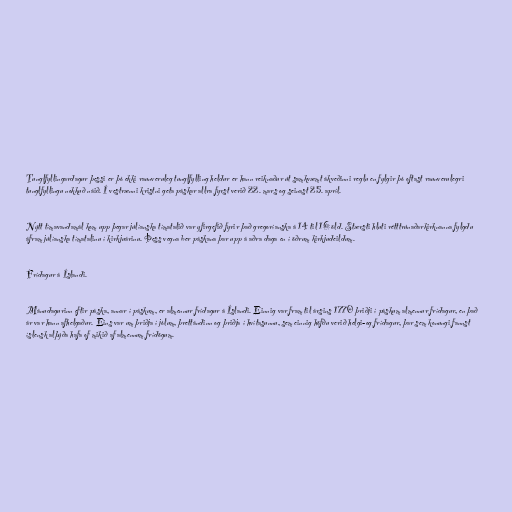
Tunglfyllingardagur þessi er þó ekki raunveruleg tunglfylling heldur er hann reiknaður út samkvæmt ákveðinni reglu en fylgir þó oftast raunverulegri
tunglfyllingu nokkuð náið. Í vestrænni kristni geta páskar allra fyrst verið 22. mars og seinast 25. apríl.

Nýtt tímavandamál kom upp þegar júlíanska tímatalið var yfirgefið fyrir það gregoríanska á 14 til 16 öld. Stærsti hluti rétttrúnaðarkirknanna fylgdu
áfram júlíanska tímatalinu í kirkjuárinu. Þess vegna ber páskana þar upp á aðra daga en í öðrum kirkjudeildum.

Frídagur á Íslandi.

Mánudagurinn eftir páska, annar í páskum, er almennur frídagur á Íslandi. Einnig var fram til ársins 1770 þriðji í páskum almennur frídagur, en það
ár var hann afhelgaður. Eins var um þriðja í jólum, þrettándinn og þriðja í hvítasunnu, sem einnig höfðu verið helgi-og frídagur, þar sem konungi fannst
íslensk alþýða hafa of mikið af almennum frídögum.